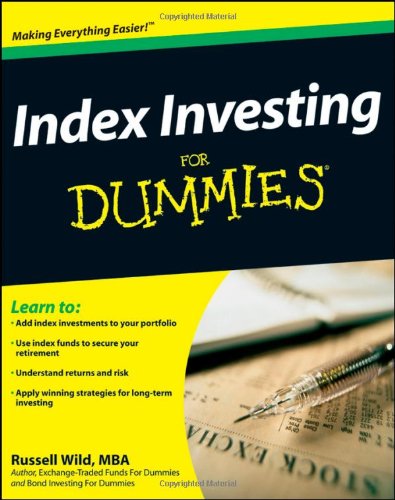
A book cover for Index Investing For Dummies; Russell Wild; Business & Money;